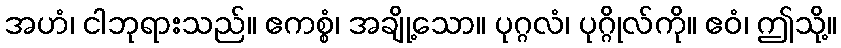
အဟံ၊ ငါဘုရားသည်။ ဧကစ္စံ၊ အချို့သော။ ပုဂ္ဂလံ၊ ပုဂ္ဂိုလ်ကို။ ဧဝံ၊ ဤသို့။